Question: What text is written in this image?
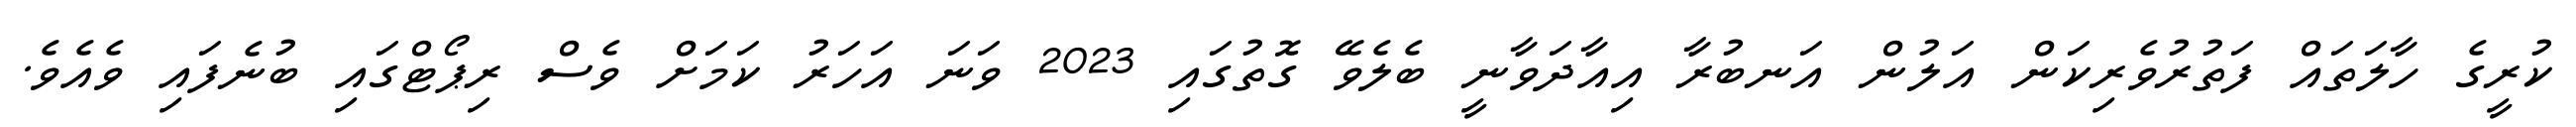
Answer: ކުރީގެ ހާލަތައް ފަތުރުވެރިކަން އަލުން އަނބުރާ އިއާދަވާނީ ބެލެވޭ ގޮތުގައި 2023 ވަނަ އަހަރު ކަމަށް ވެސް ރިޕޯޓްގައި ބުނެފައި ވެއެވެ.